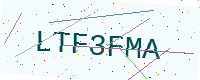
Text: LTF3FMA